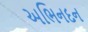
અભિનદન